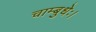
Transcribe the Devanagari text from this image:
चाम्बुधेः।